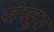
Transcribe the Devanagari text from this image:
संस्‍तुत